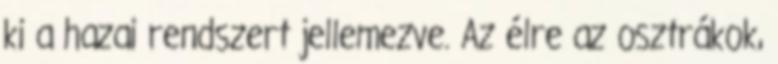
ki a hazai rendszert jellemezve. Az élre az osztrákok,